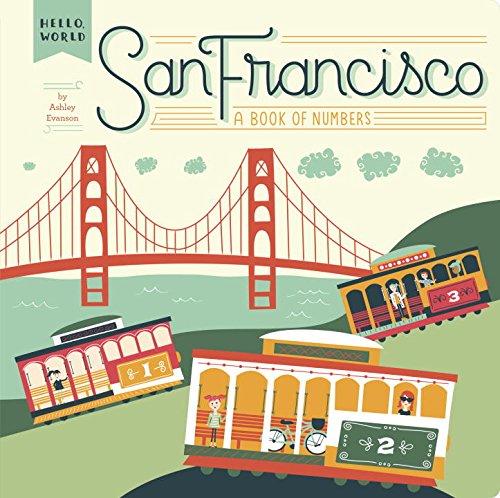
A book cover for San Francisco: A Book of Numbers (Hello, World); Ashley Evanson; Children's Books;